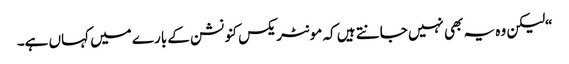
“لیکن وہ یہ بھی نہیں جانتے ہیں کہ مونٹریکس کنونشن کے بارے میں کہاں ہے۔